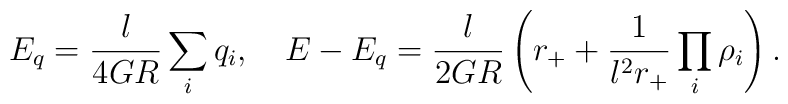
E_q=\frac{l}{4GR}\sum_iq_i, \ \ \  E-E_q=\frac{l}{2GR}\left(r_+      +\frac{1}{l^2r_+} \prod_i \rho_i\right).